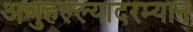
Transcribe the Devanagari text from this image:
अणुहल्ल्यादरम्यान